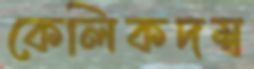
কেলিকদম্ব